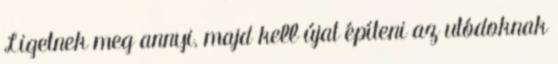
Ligetnek meg annyi, majd kell újat építeni az utódoknak